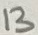
Text: 13